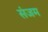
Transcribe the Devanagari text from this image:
संजम